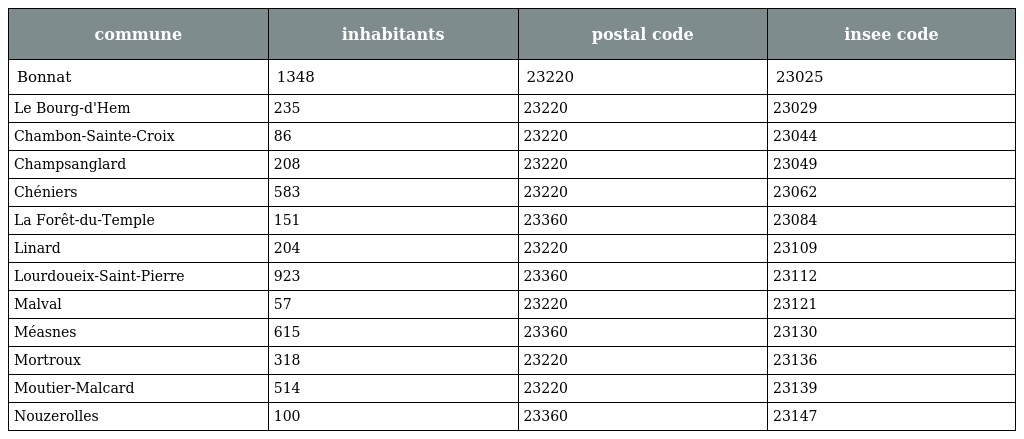
| commune | inhabitants | postal code | insee code |
 | --- | --- | --- | --- |
 | Bonnat | 1348 | 23220 | 23025 |
 | Le Bourg-d'Hem | 235 | 23220 | 23029 |
 | Chambon-Sainte-Croix | 86 | 23220 | 23044 |
 | Champsanglard | 208 | 23220 | 23049 |
 | Chéniers | 583 | 23220 | 23062 |
 | La Forêt-du-Temple | 151 | 23360 | 23084 |
 | Linard | 204 | 23220 | 23109 |
 | Lourdoueix-Saint-Pierre | 923 | 23360 | 23112 |
 | Malval | 57 | 23220 | 23121 |
 | Méasnes | 615 | 23360 | 23130 |
 | Mortroux | 318 | 23220 | 23136 |
 | Moutier-Malcard | 514 | 23220 | 23139 |
 | Nouzerolles | 100 | 23360 | 23147 |